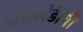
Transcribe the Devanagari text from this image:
जमखंडीची